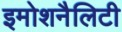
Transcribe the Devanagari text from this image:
इमोशनैलिटी